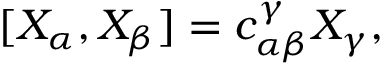
[ X _ { \alpha } , X _ { \beta } ] = c _ { \alpha \beta } ^ { \gamma } X _ { \gamma } ,